Civil Veterinary Dept. Assam report 1927-50 - 1927-1950
Year: 1927
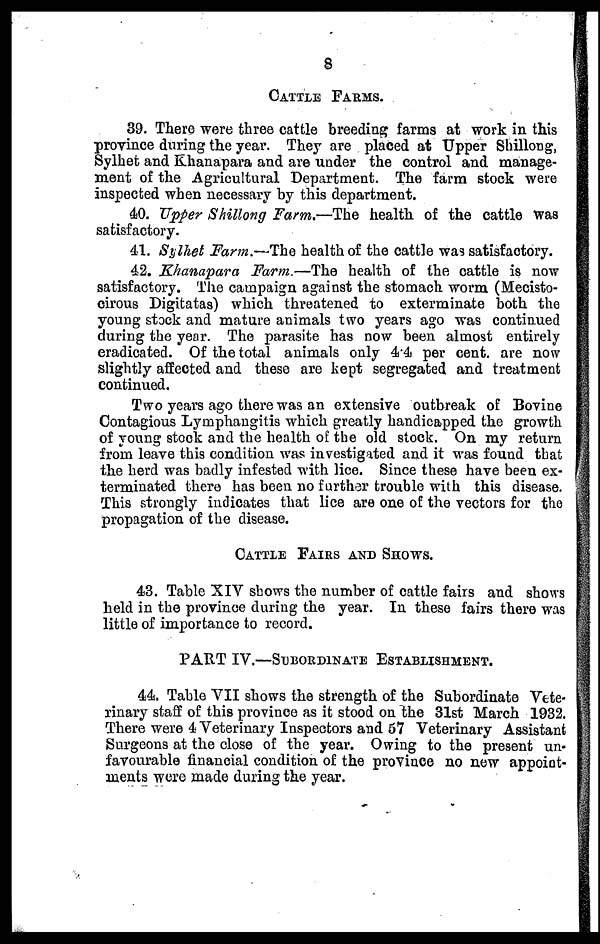
8
CATTLE FARMS.
39. There were three cattle breeding farms at work in this
province during the year. They are placed at Upper Shillong,
Sylhet and Khanapara and are under the control and manage-
ment of the Agricultural Department. The farm stock were
inspected when necessary by this department.
40. Upper Shillong Farm,—The health of the cattle was
satisfactory.
41. Sylhet Farm.—The health of the cattle was satisfactory.
42. Khanapara Farm.—The health of the cattle is now
satisfactory. The campaign against the stomach worm (Mecisto-
cirous Digitatas) which threatened to exterminate both the
young stock and mature animals two years ago was continued
during the year. The parasite has now been almost entirely
eradicated. Of the total animals only 4.4 per cent. are now
slightly affected and these are kept segregated and treatment
continued.
Two years ago there was an extensive outbreak of Bovine
Contagious Lymphangitis which greatly handicapped the growth
of young stock and the health of the old stock. On my return
from leave this condition was investigated and it was found that
the herd was badly infested with lice. Since these have been ex-
terminated there has been no further trouble with this disease.
This strongly indicates that lice are one of the vectors for the
propagation of the disease.
CATTLE FAIRS AND SHOWS.
43. Table XIV shows the number of cattle fairs and shows
held in the province during the year. In these fairs there was
little of importance to record.
PART IV.—SUBORDINATE ESTABLISHMENT.
44. Table VII shows the strength of the Subordinate Vete-
rinary staff of this province as it stood on the 31st March 1932.
There were 4 Veterinary Inspectors and 67 Veterinary Assistant
Surgeons at the close of the year. Owing to the present un-
favourable financial condition of the province no new appoint-
ments were made during the year.